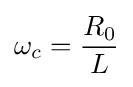
\omega _{c}={\frac {R_{0}}{L}}